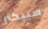
سبيكتر